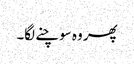
پھر وہ سوچنے لگا۔